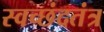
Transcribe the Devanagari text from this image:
स्वच्छंदतंत्र